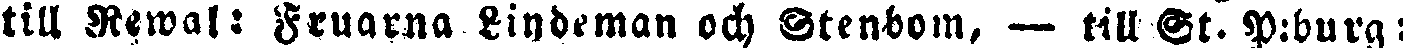
till Rewal: Fruarna Lindeman och Stenbom, — till St. P:burg: